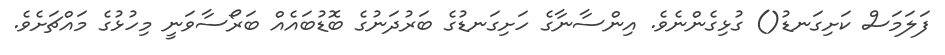
ފަލަމަސް ކަށިގަނޑު() ގުޅިގެންނެވެ. އިންސާނާގެ ހަށިގަނޑުގެ ބަރުދަނުގެ ބޮޑުބައެއް ބަރޯސާވަނީ މިހުޅުގެ މައްޗަށެވެ.